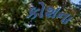
કોશના